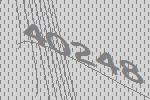
40248